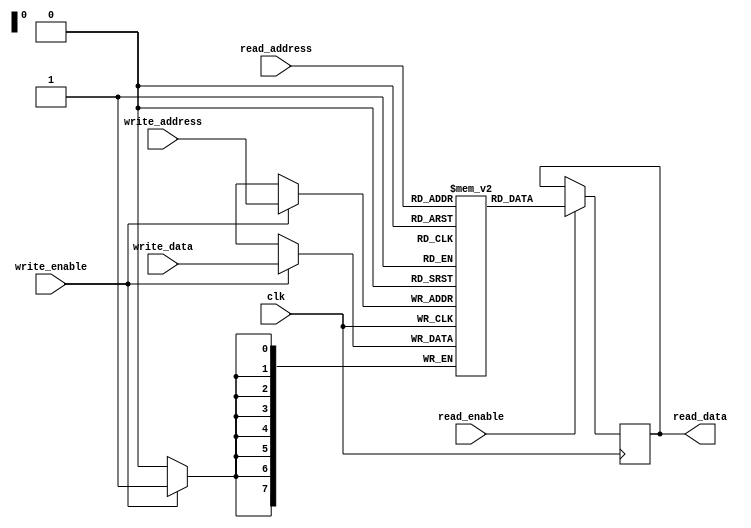
module dual_port_ram(
    input wire clk,
    input wire read_enable,
    input wire write_enable,
    input wire [7:0] read_address,
    input wire [7:0] write_address,
    input wire [7:0] write_data,
    output reg [7:0] read_data
);

reg [7:0] memory [0:255];

always @(posedge clk) begin
    if(read_enable) begin
        read_data <= memory[read_address];
    end
    
    if(write_enable) begin
        memory[write_address] <= write_data;
    end
end

endmodule